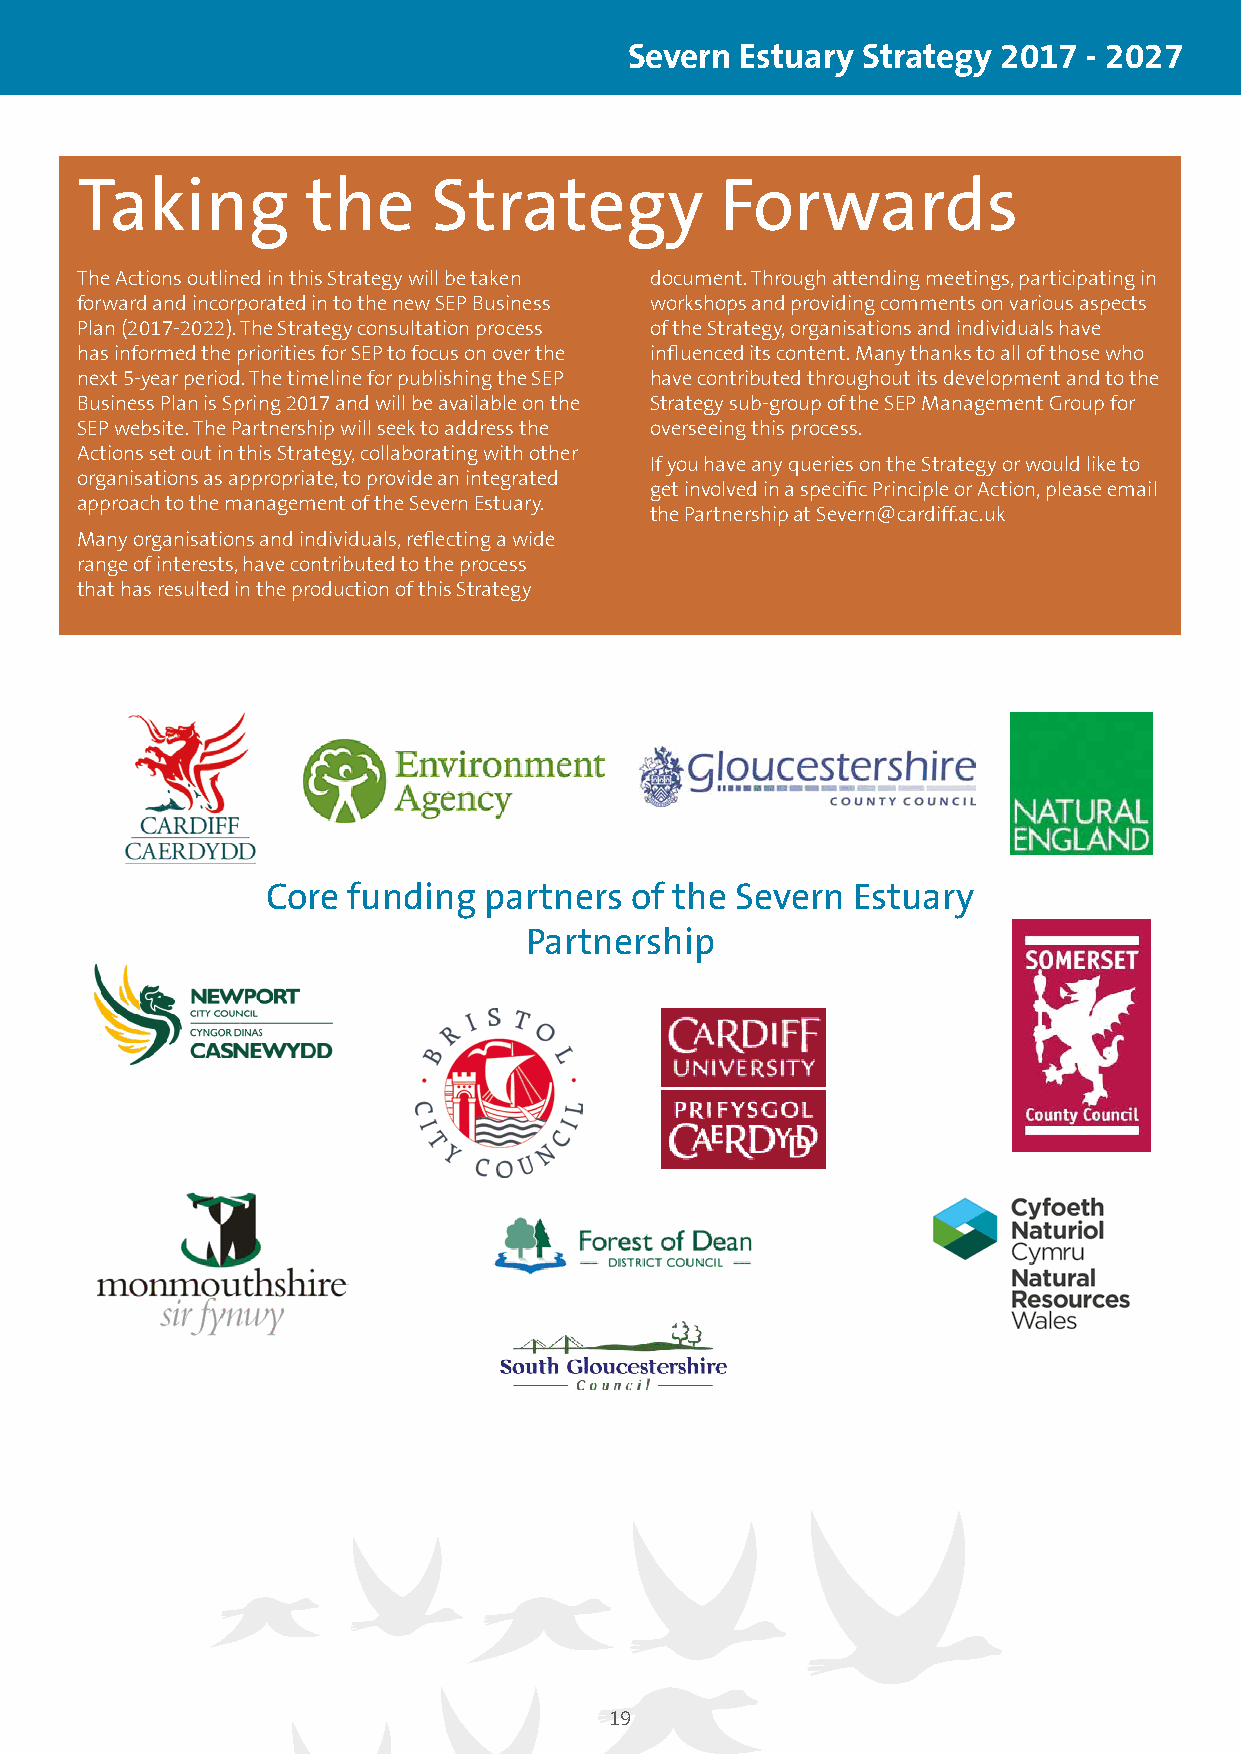
Severn Estuary Strategy 2017  - 2027
 Taking         the      Strategy           Forwards
 The Actions outlined in this Strategy will be taken document. Through attending meetings, participating in
 forward and incorporated in to the new SEP Business workshops and providing comments on various aspects
 Plan (2017-2022). The Strategy consultation process of the Strategy, organisations and individuals have
 has informed the priorities for SEP to focus on over the influenced its content. Many thanks to all of those who
 next 5-year period. The timeline for publishing the SEP have contributed throughout its development and to the
 Business Plan is Spring 2017 and will be available on the Strategy sub-group of the SEP Management Group for
 SEP website. The Partnership will seek to address the overseeing this process.
 Actions set out in this Strategy, collaborating with other
 If you have any queries on the Strategy or would like to
 organisations as appropriate, to provide an integrated
 get involved in a specific Principle or Action, please email
 approach to the management of the Severn Estuary.
 the Partnership at Severn@cardiff.ac.uk
 Many organisations and individuals, reflecting a wide
 range of interests, have contributed to the process
 that has resulted in the production of this Strategy
 Core funding  partners  of the Severn Estuary
 Partnership
 19